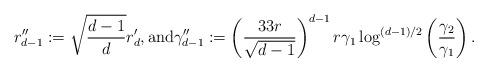
LaTeX: \begin{align*} r''_{d-1}:=\sqrt{\frac{d-1}{d}}r'_d, \mbox{and} \gamma''_{d-1}:= \left(\frac{33 r}{\sqrt{d-1}}\right)^{d-1} r\gamma_1\log^{(d-1)/2}\left(\frac{\gamma_2}{\gamma_1}\right). \end{align*}